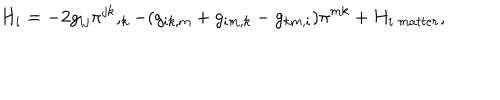
LaTeX: H _ { i } = - 2 g _ { i j } \pi ^ { j k } , _ { k } - ( g _ { i k , m } + g _ { i m , k } - g _ { k m , i } ) \pi ^ { m k } + H _ { i \; m a t t e r } ,